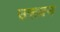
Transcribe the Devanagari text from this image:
उरूवन